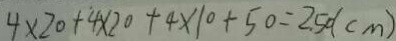
4 \times 2 0 + 4 \times 2 0 + 4 \times 1 0 + 5 0 = 2 . 5 0 ( c m )